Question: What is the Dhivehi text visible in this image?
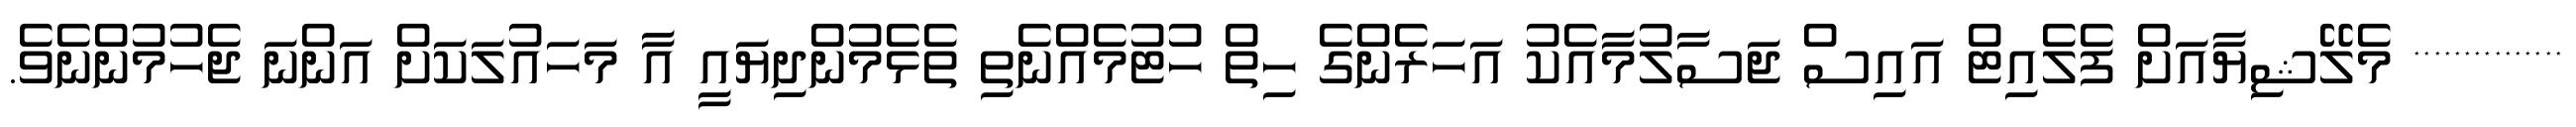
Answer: *************** މެލޭޝިޔާއަށް ފެލެއިޓް އައިސް ޖަސާލުމާއެކު އަހަރެންގެ ހިތް ހުޓުމެއްނެތި ތެޅެމުންދިޔައީ އާ މަހައުލަކަށް އަންނަ ޖެހުމުންނެވެ.